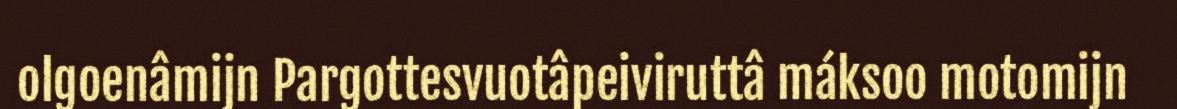
olgoenâmijn Pargottesvuotâpeiviruttâ máksoo motomijn